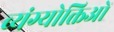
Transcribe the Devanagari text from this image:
व्यंग्योक्तिओं